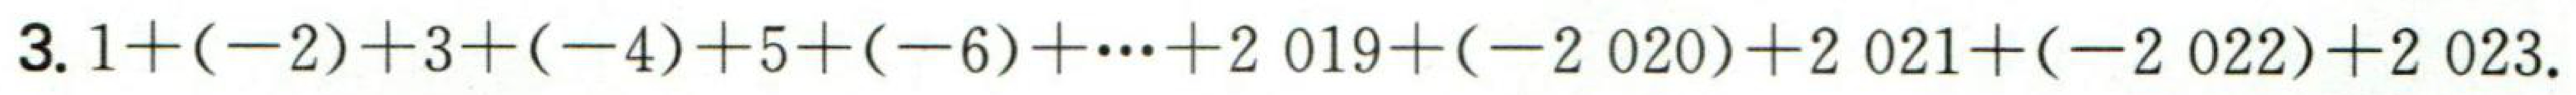
$1+(-2)+3+(-4)+5+(-6)+\cdots +2019+(-2020)+2021+(-2022)+2023.$